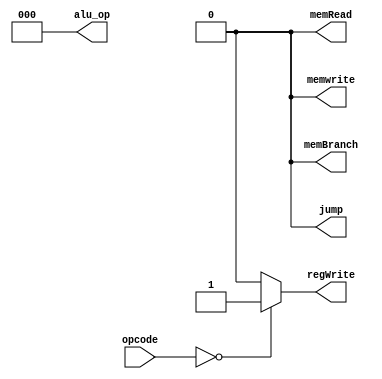
module InstructionDecoder(
    input wire [7:0] opcode,
    output reg regWrite,
    output reg [2:0] alu_op,
    output reg memwrite, memRead, memBranch, jump
);

always @* begin
    regWrite = 0;
    alu_op = 3'b000;
    memwrite = 0;
    memRead = 0;
    jump = 0;
    memBranch = 0;

    case (opcode) 
        8'b00000000 : begin
            regWrite = 1;
            alu_op = 3'b000;
        end
        // more cases for opcodes to writteen.
        default : begin
            regWrite = 0;
            alu_op = 3'b000;
            memwrite = 0;
            memRead = 0;
            jump = 0;
            memBranch = 0;
        end
    endcase
end

endmodule